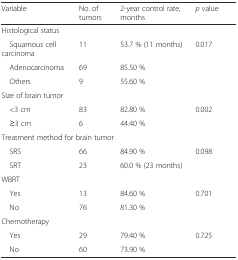
<table><thead><tr><td><b>Variable</b></td><td><b>No. of tumors</b></td><td><b>2-year control rate, months</b></td><td><b><i>p</i> value</b></td></tr></thead><tbody><tr><td colspan="4">Histological status</td></tr><tr><td> Squamous cell carcinoma</td><td>11</td><td>53.7 % (11 months)</td><td rowspan="3">0.017</td></tr><tr><td> Adenocarcinoma</td><td>69</td><td>85.50 %</td></tr><tr><td> Others</td><td>9</td><td>55.60 %</td></tr><tr><td colspan="4">Size of brain tumor</td></tr><tr><td> &lt;3 cm</td><td>83</td><td>82.80 %</td><td rowspan="2">0.002</td></tr><tr><td> ≥3 cm</td><td>6</td><td>44.40 %</td></tr><tr><td colspan="4">Treatment method for brain tumor</td></tr><tr><td> SRS</td><td>66</td><td>84.90 %</td><td rowspan="2">0.098</td></tr><tr><td> SRT</td><td>23</td><td>60.0 % (23 months)</td></tr><tr><td colspan="4">WBRT</td></tr><tr><td> Yes</td><td>13</td><td>84.60 %</td><td rowspan="2">0.701</td></tr><tr><td> No</td><td>76</td><td>81.30 %</td></tr><tr><td colspan="4">Chemotherapy</td></tr><tr><td> Yes</td><td>29</td><td>79.40 %</td><td rowspan="2">0.725</td></tr><tr><td> No</td><td>60</td><td>73.90 %</td></tr></tbody></table>